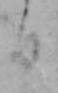
日